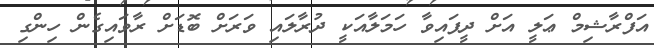
އަފްރާޝިމް ޢަލީ އަށް ދީފައިވާ ހަމަލާއަކީ ދުރާލައި ވަރަށް ބޮޑަށް ރާވައިގެން ހިންގި